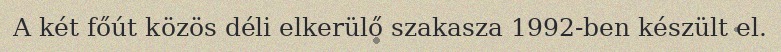
A két főút közös déli elkerülő szakasza 1992-ben készült el.